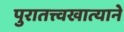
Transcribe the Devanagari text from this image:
पुरातत्त्वखात्याने